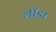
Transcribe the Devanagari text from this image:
लॉडा